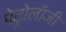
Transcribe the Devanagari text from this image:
पेट्रोलॉजी